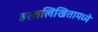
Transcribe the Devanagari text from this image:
हस्तलिखितामध्ये